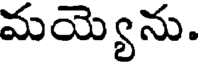
మయ్యెను.